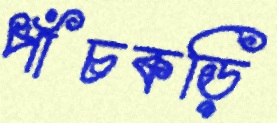
পাঁচকড়ি